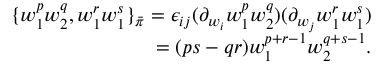
\begin{array} { r } { \{ w _ { 1 } ^ { p } w _ { 2 } ^ { q } , w _ { 1 } ^ { r } w _ { 1 } ^ { s } \} _ { \bar { \pi } } = \epsilon _ { i j } ( \partial _ { w _ { i } } w _ { 1 } ^ { p } w _ { 2 } ^ { q } ) ( \partial _ { w _ { j } } w _ { 1 } ^ { r } w _ { 1 } ^ { s } ) } \\ { = ( p s - q r ) w _ { 1 } ^ { p + r - 1 } w _ { 2 } ^ { q + s - 1 } . } \end{array}